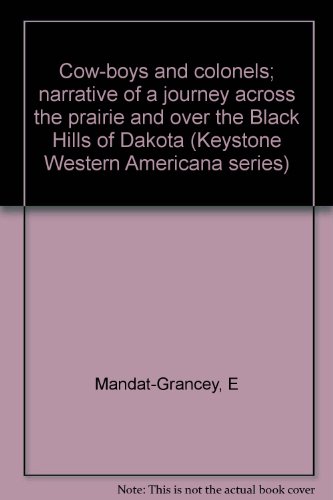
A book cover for Cow-boys and colonels; narrative of a journey across the prairie and over the Black Hills of Dakota (Keystone Western Americana series); E Mandat-Grancey; Travel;